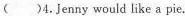
()4.Jennywould like a pie.